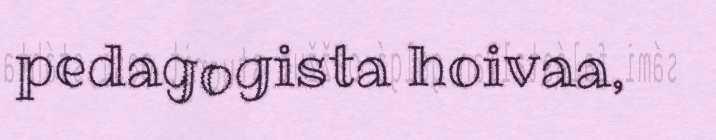
pedagogista hoivaa,